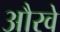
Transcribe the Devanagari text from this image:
औरवे